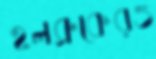
হলব্রুকেরও